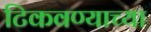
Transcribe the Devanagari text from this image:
टिकवण्याच्या